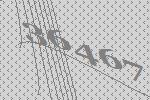
36467